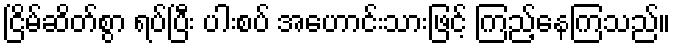
ငြိမ်ဆိတ်စွာ ရပ်ပြီး ပါးစပ် အဟောင်းသားဖြင့် ကြည့်နေကြသည်။